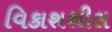
વિકાશશીલ